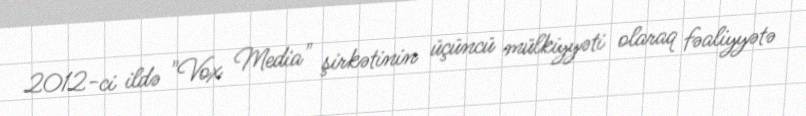
2012-ci ildə "Vox Media" şirkətinin üçüncü mülkiyyəti olaraq fəaliyyətə